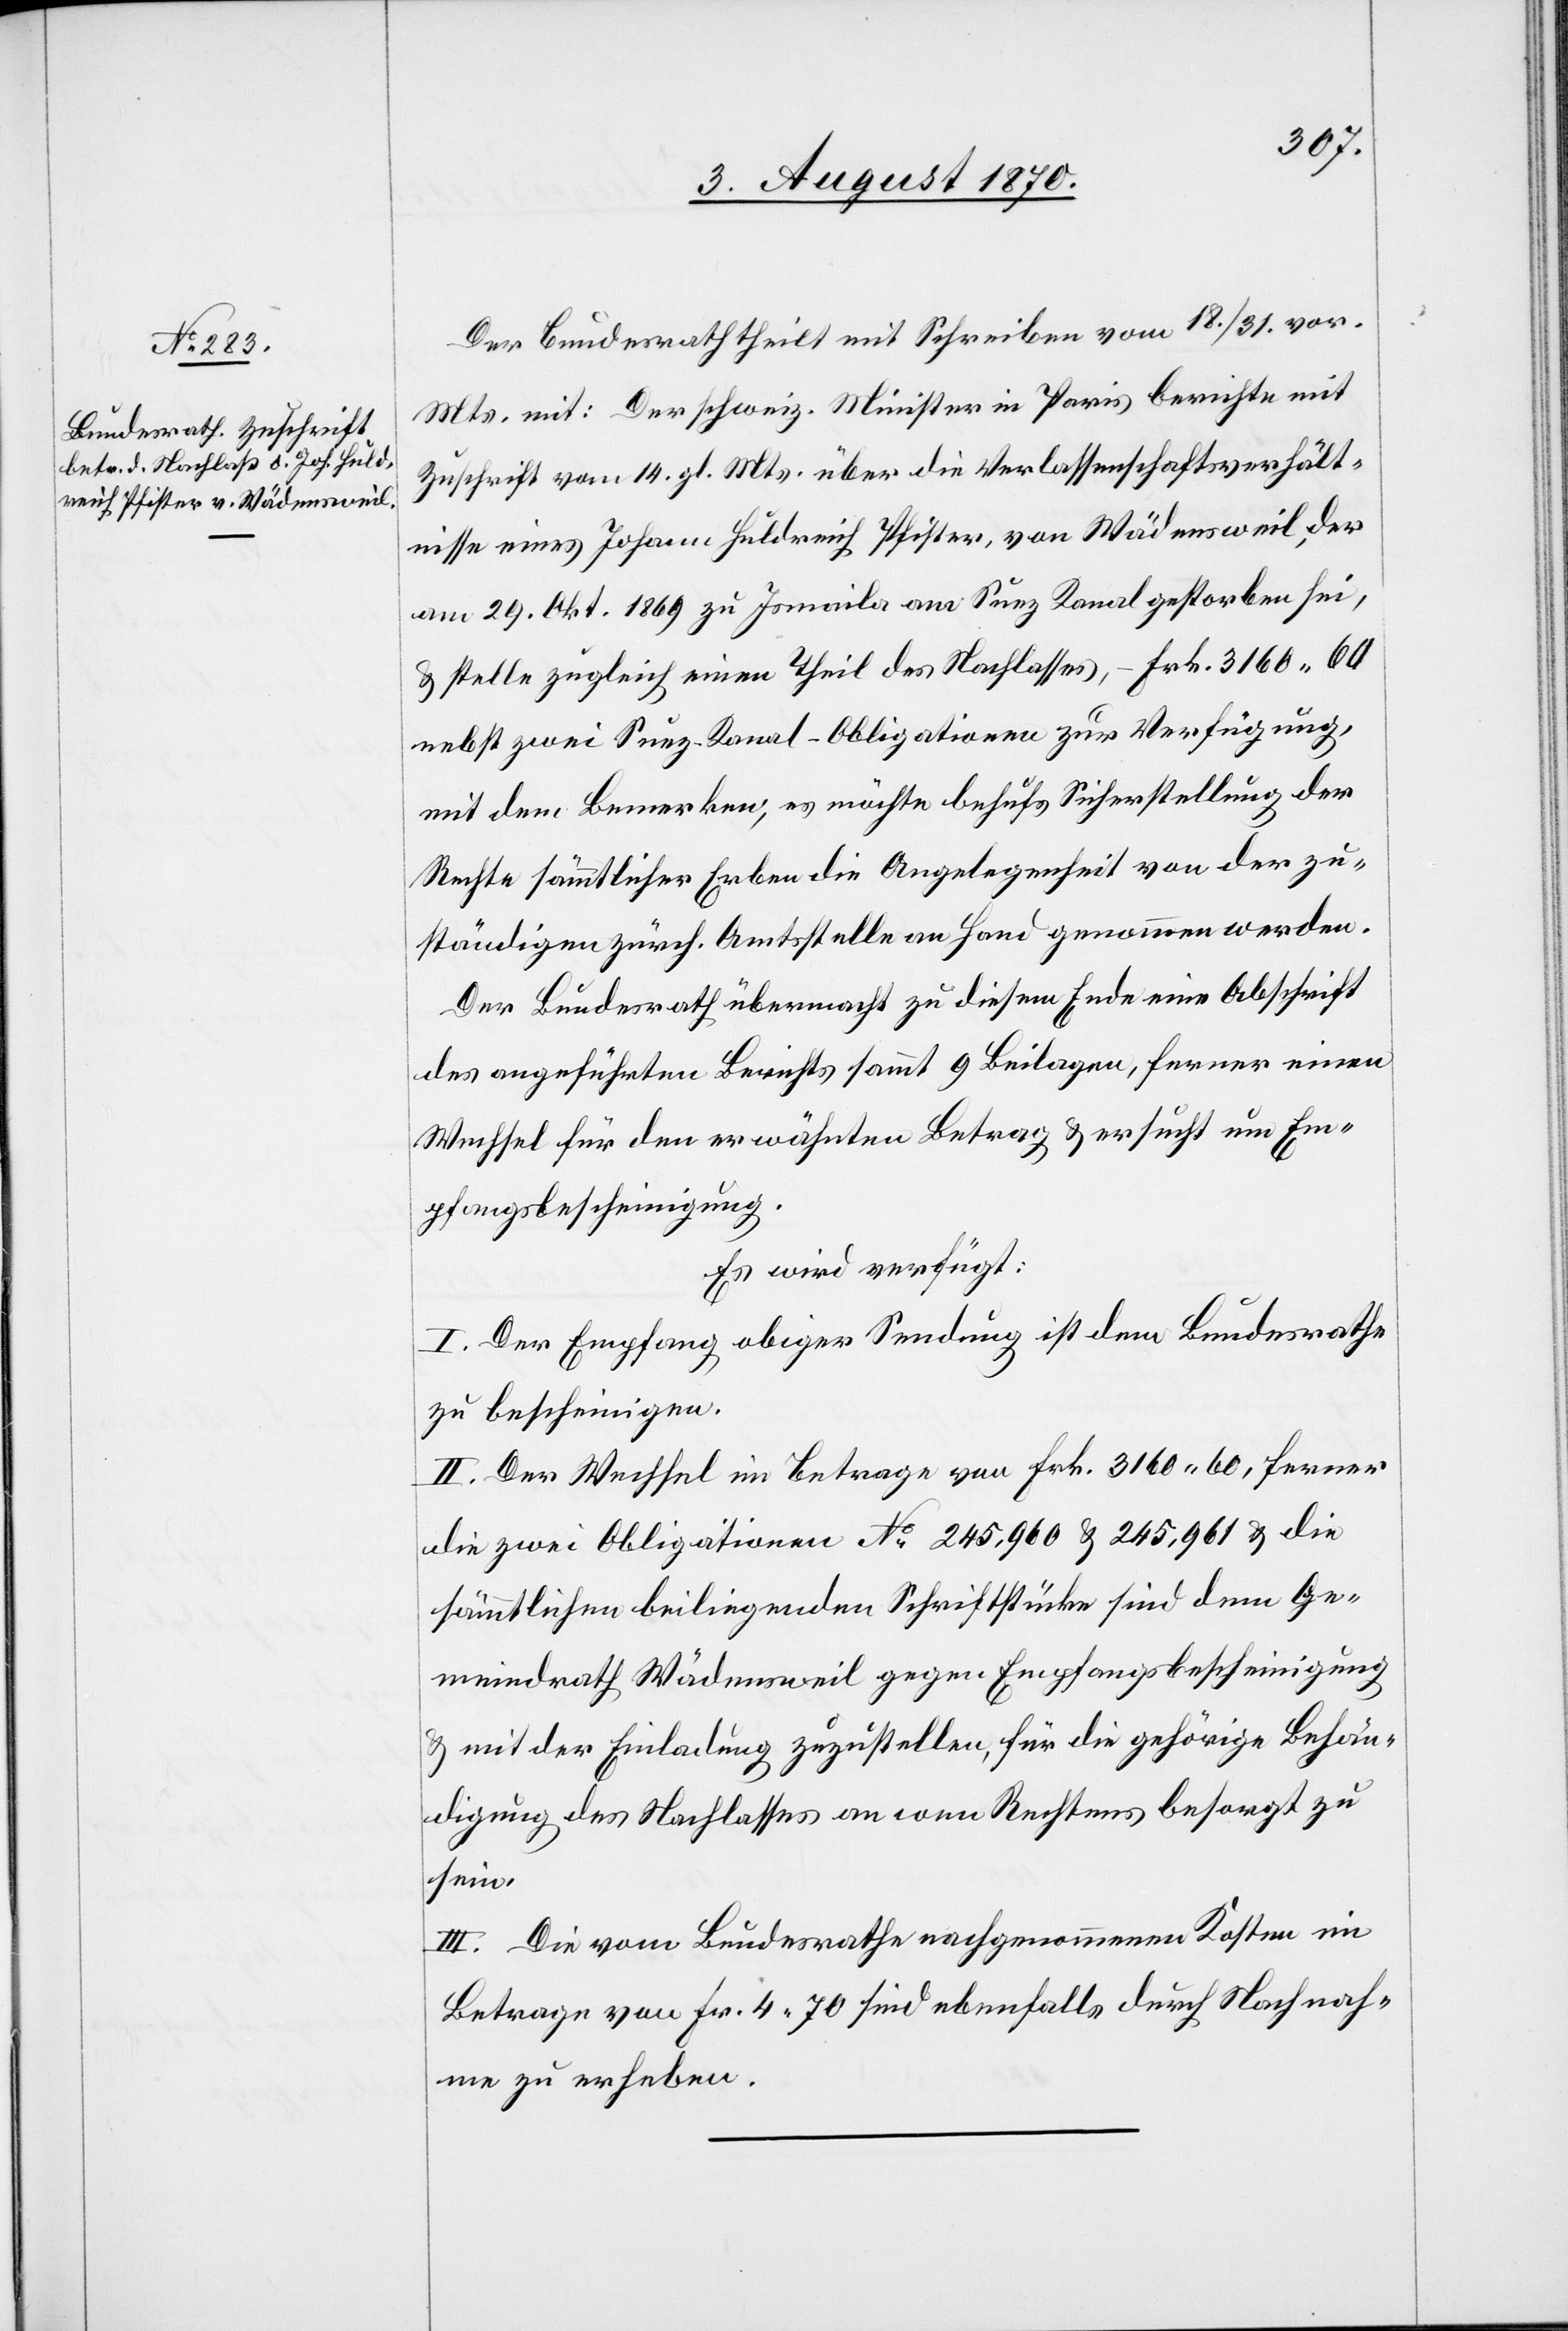
4. August 1870.]
Der Bundesrath theilt mit Schreiben vom 18./31. vor.
Mts. mit: Der schweiz. Minister in Paris berichte mit
Zuschrift vom 14. gl. Mts. über die Verlassenschaftsverhält¬
nisse eines Johann Huldreich Pfister, von Wädensweil, der
am 29. Okt. 1869 zu Ismaila am Suez Kanal gestorben sei,
& stelle zugleich einen Theil des Nachlasses, – Frk. 3160.60
nebst zwei Suez-Kanal-Obligationen zur Verfügung,
mit dem Bemerken, es möchte behufs Sicherstellung der
Rechte sämmtlicher Erben die Angelegenheit von der zu¬
ständigen zürch. Amtsstelle an Hand genommen werden.
Der Bundesrath übermacht zu diesem Ende eine Abschrift
des angeführten Berichts sammt 9 Beilagen, ferner einen
Wechsel für den erwähnten Betrag & ersucht um Em¬
pfangsbescheinigung.
Es wird verfügt:
I. Der Empfang obiger Sendung ist dem Bundesrathe
zu bescheinigen.
II. Der Wechsel im Betrage von Fr. 3160.60, ferner
die zwei Obligationen No 245,960 & 245,961 & die
sämmtlichen beiliegenden Schriftstücke sind dem Ge¬
meindrath Wädensweil gegen Empfangsbescheinigung
& mit der Einladung zuzustellen, für die gehörige Behän¬
digung des Nachlasses an wen Rechtens besorgt zu
sein.
III. Die vom Bundesrathe nachgenommenen Kosten im
Betrage von Fr. 4,70 sind ebenfalls durch Nachnah¬
me zu erheben.